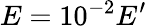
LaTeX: E=10^{-2}E^{\prime}